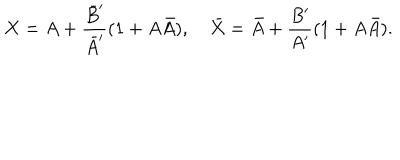
LaTeX: X = A + \frac { { \bar { B } } ^ { \prime } } { { \bar { A } } ^ { \prime } } ( 1 + A \bar { A } ) , \quad \bar { X } = \bar { A } + \frac { B ^ { \prime } } { A ^ { \prime } } ( 1 + A \bar { A } ) .